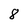
Character: 8